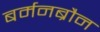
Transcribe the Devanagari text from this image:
बर्मनब्रौन